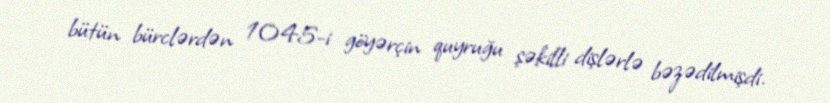
bütün bürclərdən 1045-i göyərçin quyruğu şəkilli dişlərlə bəzədilmişdi.